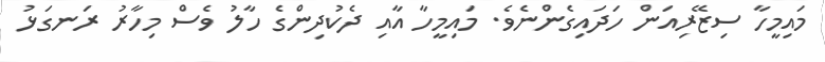
މައިމީހާ ސިޒޭރިއަން ހަދައިގެންނެވެ. މައިމީހާ އާއި ދެކުދިންގެ ހާލު ވެސް މިހާރު ރަނގަޅު